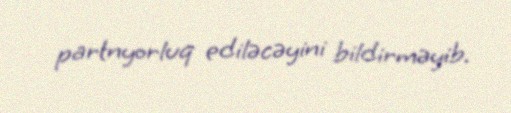
partnyorluq ediləcəyini bildirməyib.